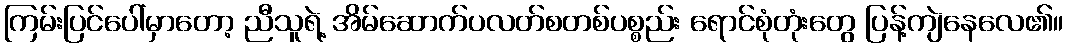
ကြမ်းပြင်ပေါ်မှာတော့ ညီသူရဲ့ အိမ်ဆောက်ပလတ်စတစ်ပစ္စည်း ရောင်စုံတုံးတွေ ပြန့်ကျဲနေလေ၏။